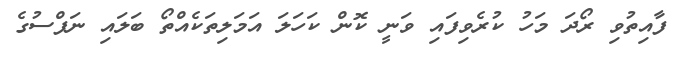
ފާއިތުވި ރޯދަ މަހު ކުރެވިފައި ވަނީ ކޮން ކަހަލަ އަމަލިތަކެއްތޯ ބަލައި ނަފްސުގެ